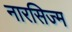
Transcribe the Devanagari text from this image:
नारसिज्म